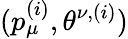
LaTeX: (p_{\mu}^{(i)},\theta^{\nu,(i)})